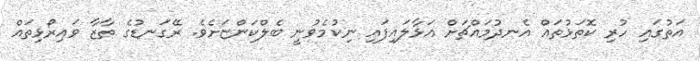
އަތުގައި ހުރި ކޮތަޅުތައް އެނދުމައްޗަށް އަޅާލައިފައި ނިކުމެވުނީ ބެލްކަންޏަށެވެ. ރޭގަނޑުގެ ތާޒާ ވައިރޯޅިތައް